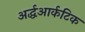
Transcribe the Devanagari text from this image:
अर्द्धआर्कटिक